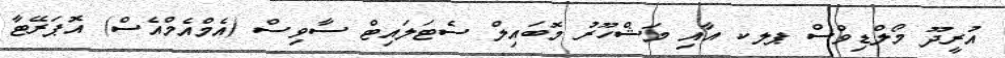
އުރީދޫ މޯލްޑިވްސް ޕލކ އާއި މަޝްހޫރު މޮބައިލް ސެޓަލައިޓް ސާވިސް (އެމްއެމްއެސް) އޮޕަރޭޓާ